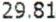
29.81